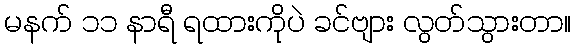
မနက် ၁၁ နာရီ ရထားကိုပဲ ခင်ဗျား လွတ်သွားတာ။